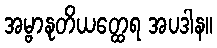
အမ္ဗာနုတိယတ္ထေရ အပဒါန။